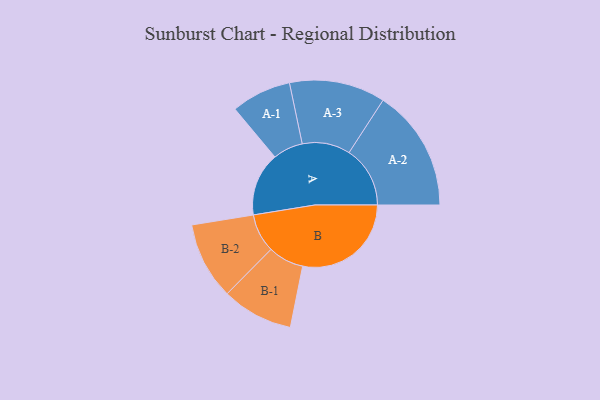
{"axis": {"x": "Segment", "y": "Value"}, "legend": ["", "A", "B"], "data": [{"x": "A", "y": 258, "type": ""}, {"x": "B", "y": 441, "type": ""}, {"x": "A-1", "y": 122, "type": "A"}, {"x": "A-2", "y": 248, "type": "A"}, {"x": "A-3", "y": 195, "type": "A"}, {"x": "B-1", "y": 145, "type": "B"}, {"x": "B-2", "y": 157, "type": "B"}]}